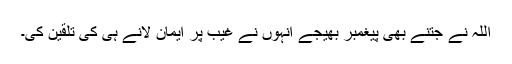
اللہ نے جتنے بھی پیغمبر بھیجے انہوں نے غیب پر ایمان لانے ہی کی تلقین کی۔